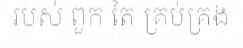
របស់ ពួក តៃ គ្រប់គ្រង